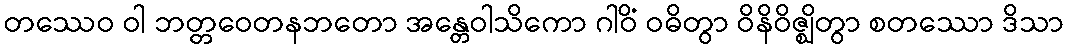
တဿေဝ ဝါ ဘတ္တဝေတနဘတော အန္တေဝါသိကော ဂါဝိံ ဝဓိတွာ ဝိနိဝိဇ္ဈိတွာ စတဿော ဒိသာ